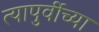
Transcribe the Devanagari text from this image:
त्यापुर्वीच्या